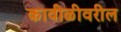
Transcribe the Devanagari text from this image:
कावीळीवरील